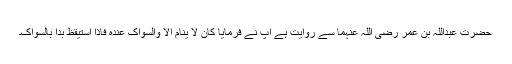
حضرتِ عبداللہ بن عمر رضی اللہ عنہما سے روایت ہے آپ نے فرمایا کَانَ لاَ یَنَامُ اِلاَّ وَالسِّوَاکُ عِنْدَہٗ فَاِذَا اسْتَیْقَظَ بَدَأَ بِالسِّوَاکِ۔